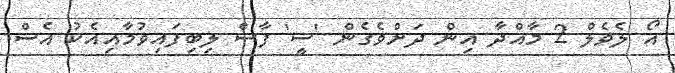
އޯ ލެވެލް 2 މާއްދާ އިން ދަށްވެގެން 'ސީ' ފާސް ލިބިފައިވުމާއިއެކު އެސް.